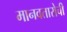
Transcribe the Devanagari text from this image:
मानवतारोची